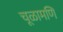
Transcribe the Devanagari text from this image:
चूळामणि